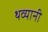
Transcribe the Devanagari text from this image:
थव्यानी